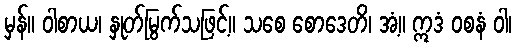
မှန်။ ဝါစာယ၊ နှုတ်မြွက်သဖြင့်။ သစေ စောဒေတိ၊ အံ့။ ဣဒံ ဝစနံ ဝါ၊